Document type: Sale
Year: 1290
Scribe: Miquel Rotllan
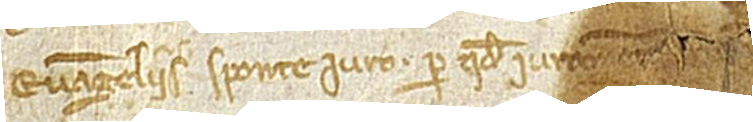
Evangeliis, sponte iuro per quod iurament[um] [...]